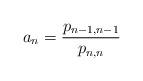
LaTeX: \begin{align*}a_n=\frac{p_{n-1,n-1}}{p_{n,n}}\end{align*}